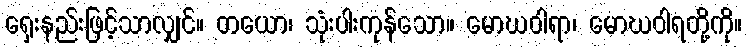
ရှေးနည်းဖြင့်သာလျှင်။ တယော၊ သုံးပါးကုန်သော။ မောဃဝါရာ၊ မောဃဝါရတို့ကို။